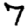
Digit: 7